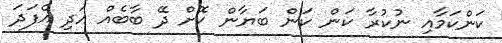
ކަންކަމާއި ނުކުރާ ކަން ކަން ބަޔާން ކޮށް ދޭ ބާބެއް އަދި އެފަދަ